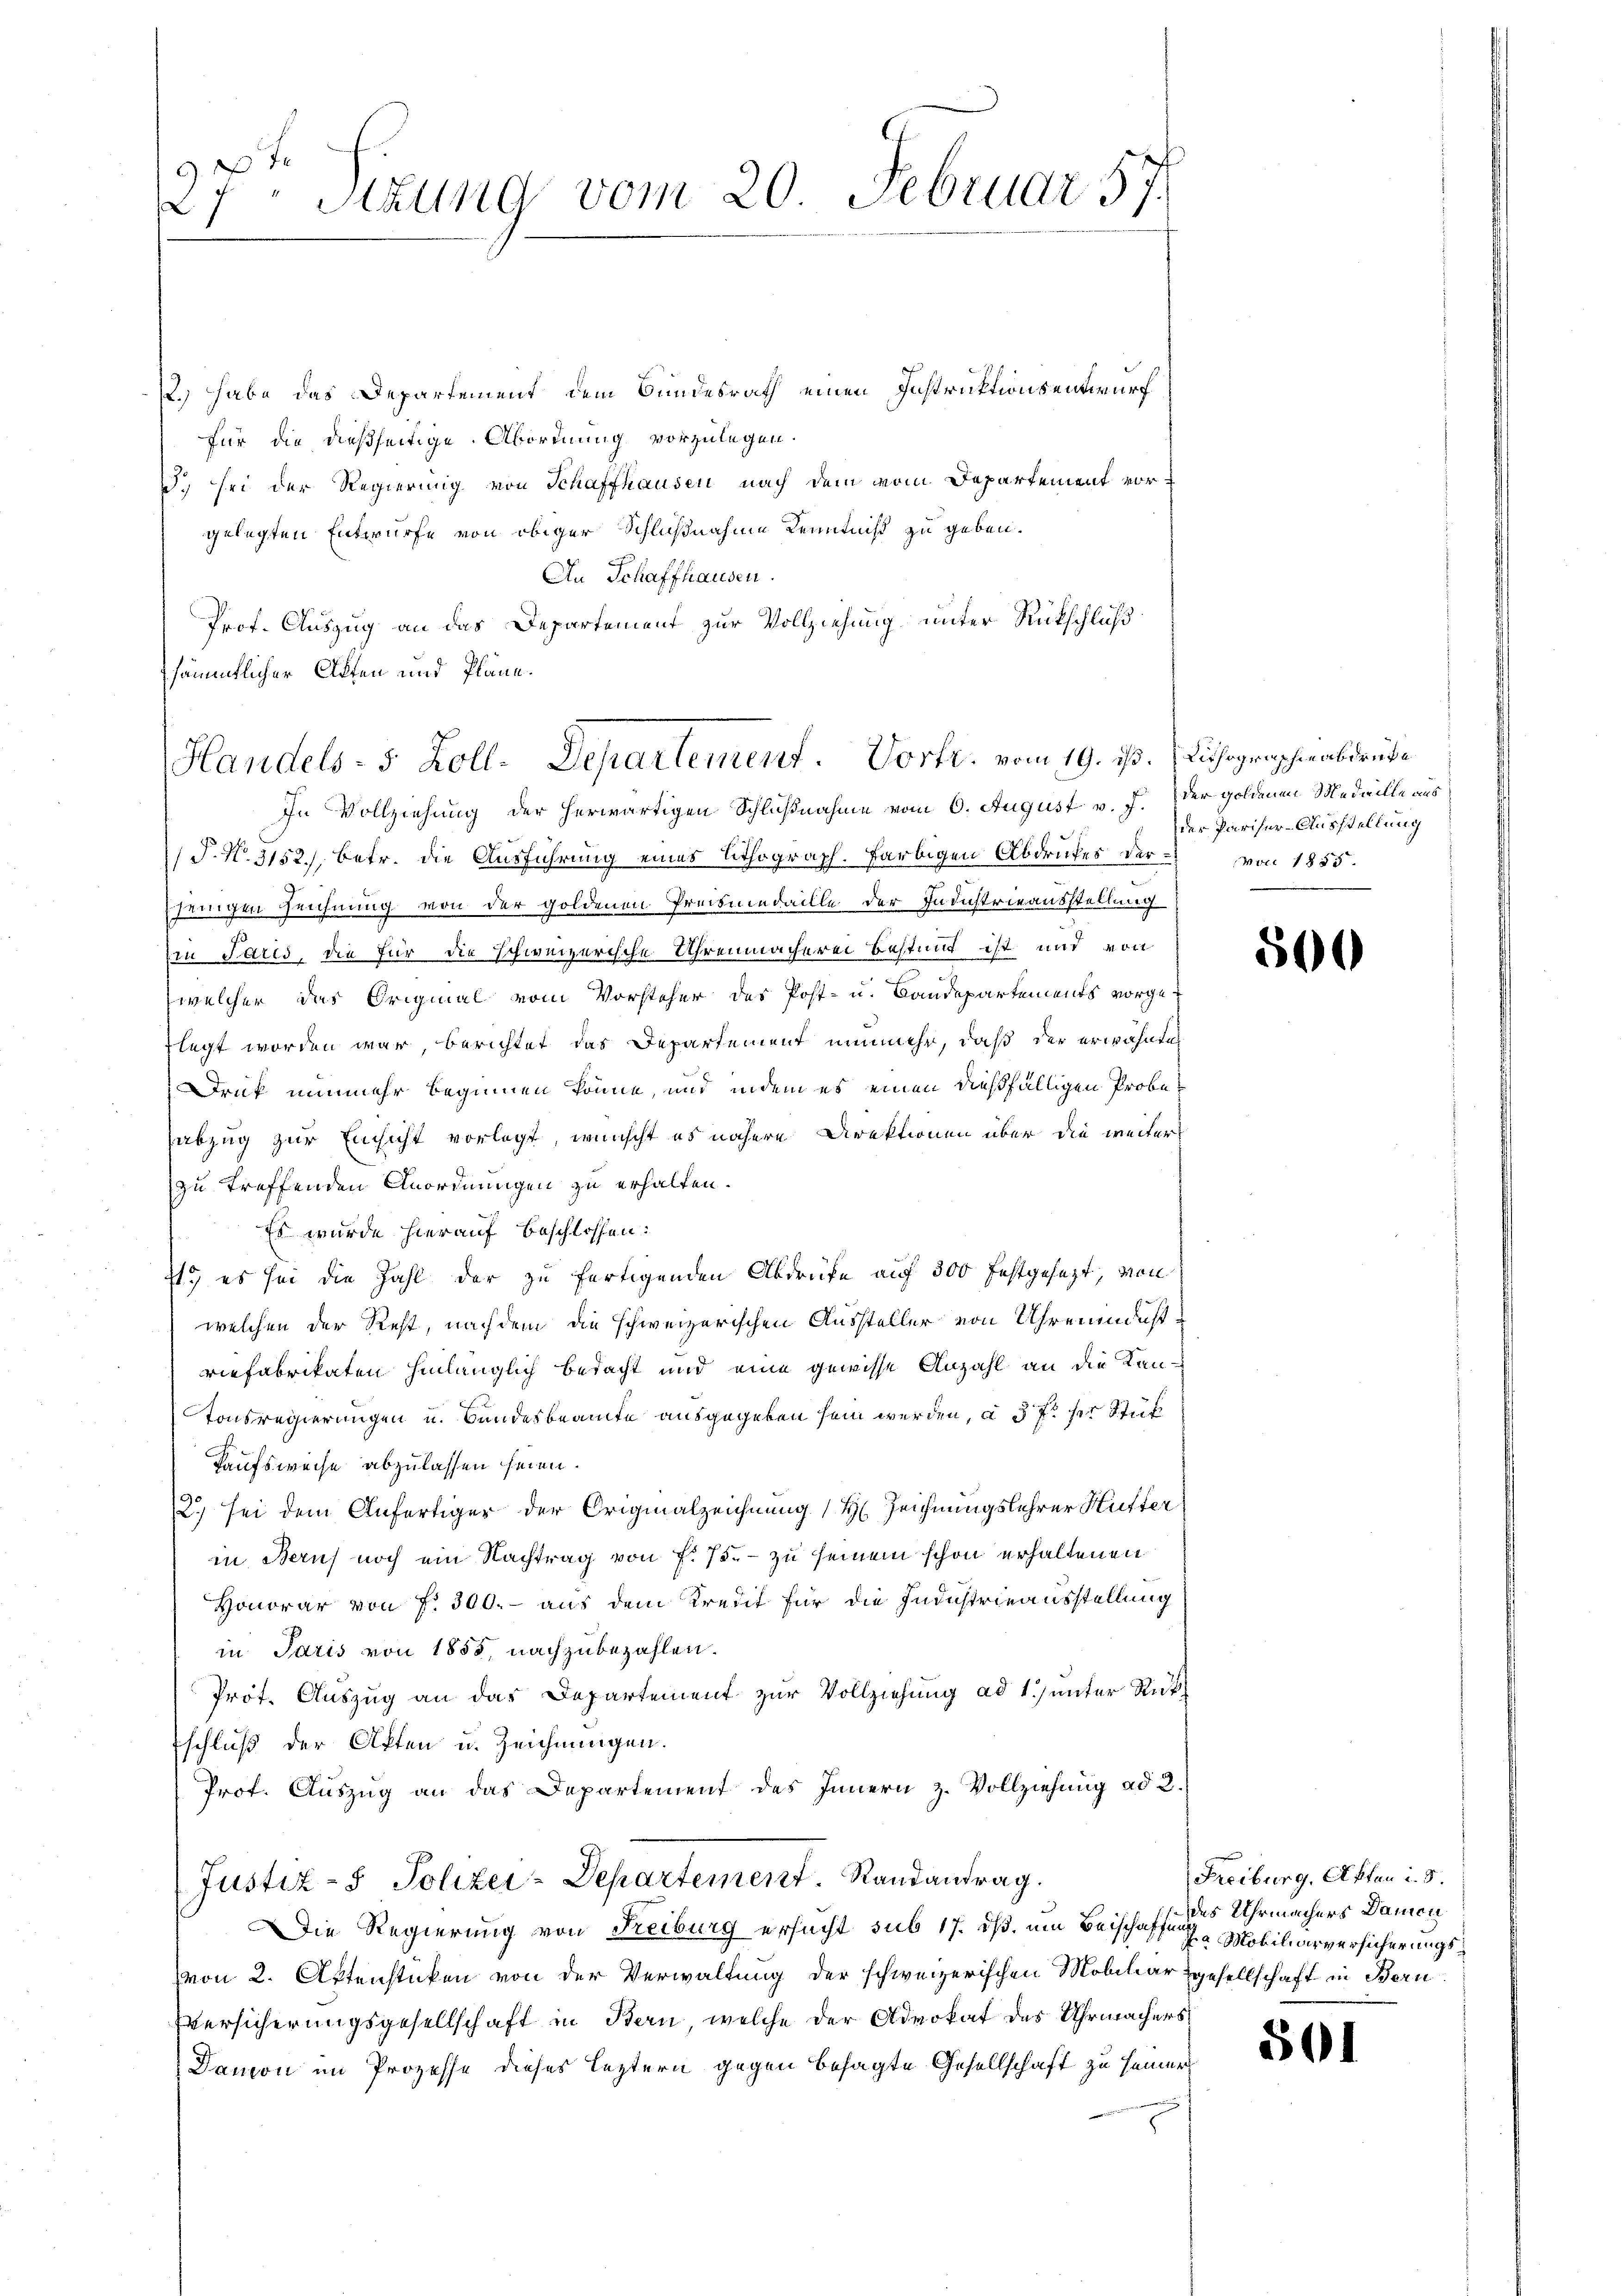
2. habe das Departement dem Bundesrath einen Instruktionseinwurf
für die dießseitige Abordnung vorzulegen.
d. sei der Regierung von Schaffhausen nach dem vom Departement vorgelegten Entwurfe von obiger Schlußnahme Kenntniß zu geben.
An Schaffhausen.
Prof. Auszug an das Departement zur Vollziehung unter Rückschluß
sämmtlicher Akten und Pläne.

27ten Sizung vom 20. Februar 57.

Handels- 5 Zoll-Departement. Vortr. vom 19. ds.

P.N. 3152. betr. die Ausführung eines Lithograph. färbigen Abdruckes der von 1855.
sjenigen Zeichnung von der goldenen Preismedaille der Industrieausstellung
Ein Paris, die für die schweizerische Uhrenmacherei bestimmt ist und von
welcher das Original vom Vorsteher des Post- u. Baudepartements vorgeflegt worden war, berichtet das Departement nunmehr, daß der erwähnten
Druk nunmehr beginnen könne, und indem es einen dießfälligen Probeabzug zur Einsicht vorlegt, wünscht es nähere Direktionen über die weiter
zu treffenden Anordnungen zu erhalten.
Es wurde hierauf beschlossen:
st.) es sei die Zahl der zu fertigenden Abdrüfe auf 300 festgesezt, von
welchen der Rest, nachdem die schweizerischen Aussteller von Uhrendesviefabrikaten hinlänglich bedacht und eine gewisse Anzahl an die Kan¬
Tonsregierungen u. Bundesbeamte ausgegeben sein werden, a 37 der Stück
Kaufsweise abzulassen seien.
2.) sei dem Anfertiger der Originalzeichnung (H. Zeichnungslehrer Hütter
in Bern noch ein Nachtrag von f. 75. - zu seinem schon erhaltenen
Honorar von f. 300.- aus dem Kredit für die Industrieausstellung
in Paris von 1855, nachzubezahlen.
Prot. Auszug an das Departement zur Vollziehung ad 1) unter Rück¬
Eschluß der Akten u. Zeichnungen.
Prof. Auszug an das Departement des Innern z. Vollziehung ad 2.
Justiz- & Polizei-Departement. Randantrag.
Die Regierung von Freiburg ersucht sub 17. ds. ein Beischaffungs Uhrmachers Danien
von 2. Aktenstücken von der Verwaltung der schweizerischen Mobiliargesellschaft in Bern
Versicherungsgesellschaft in Bern, welche der Advokat des Uhrmachers
Damon im Prozesse dieses leztern gegen besagte Gesellschaft zu seiner

In Vollziehung der herwärtigen Schlußnahme vom 6. August v. J. der goldenen Medaille aus

Lithographie abdruke
der Pariser-Ausstellung

500

Freiburg, Akten i. S.
ta Mobiliarversicherungs¬

501